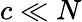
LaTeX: c\ll N